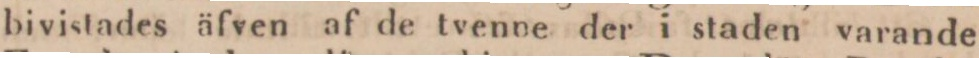
bivistades äfven af de tvenne der i staden varande